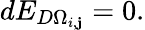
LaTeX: dE_{D\Omega_{i,\mathbf{j}}}=0.